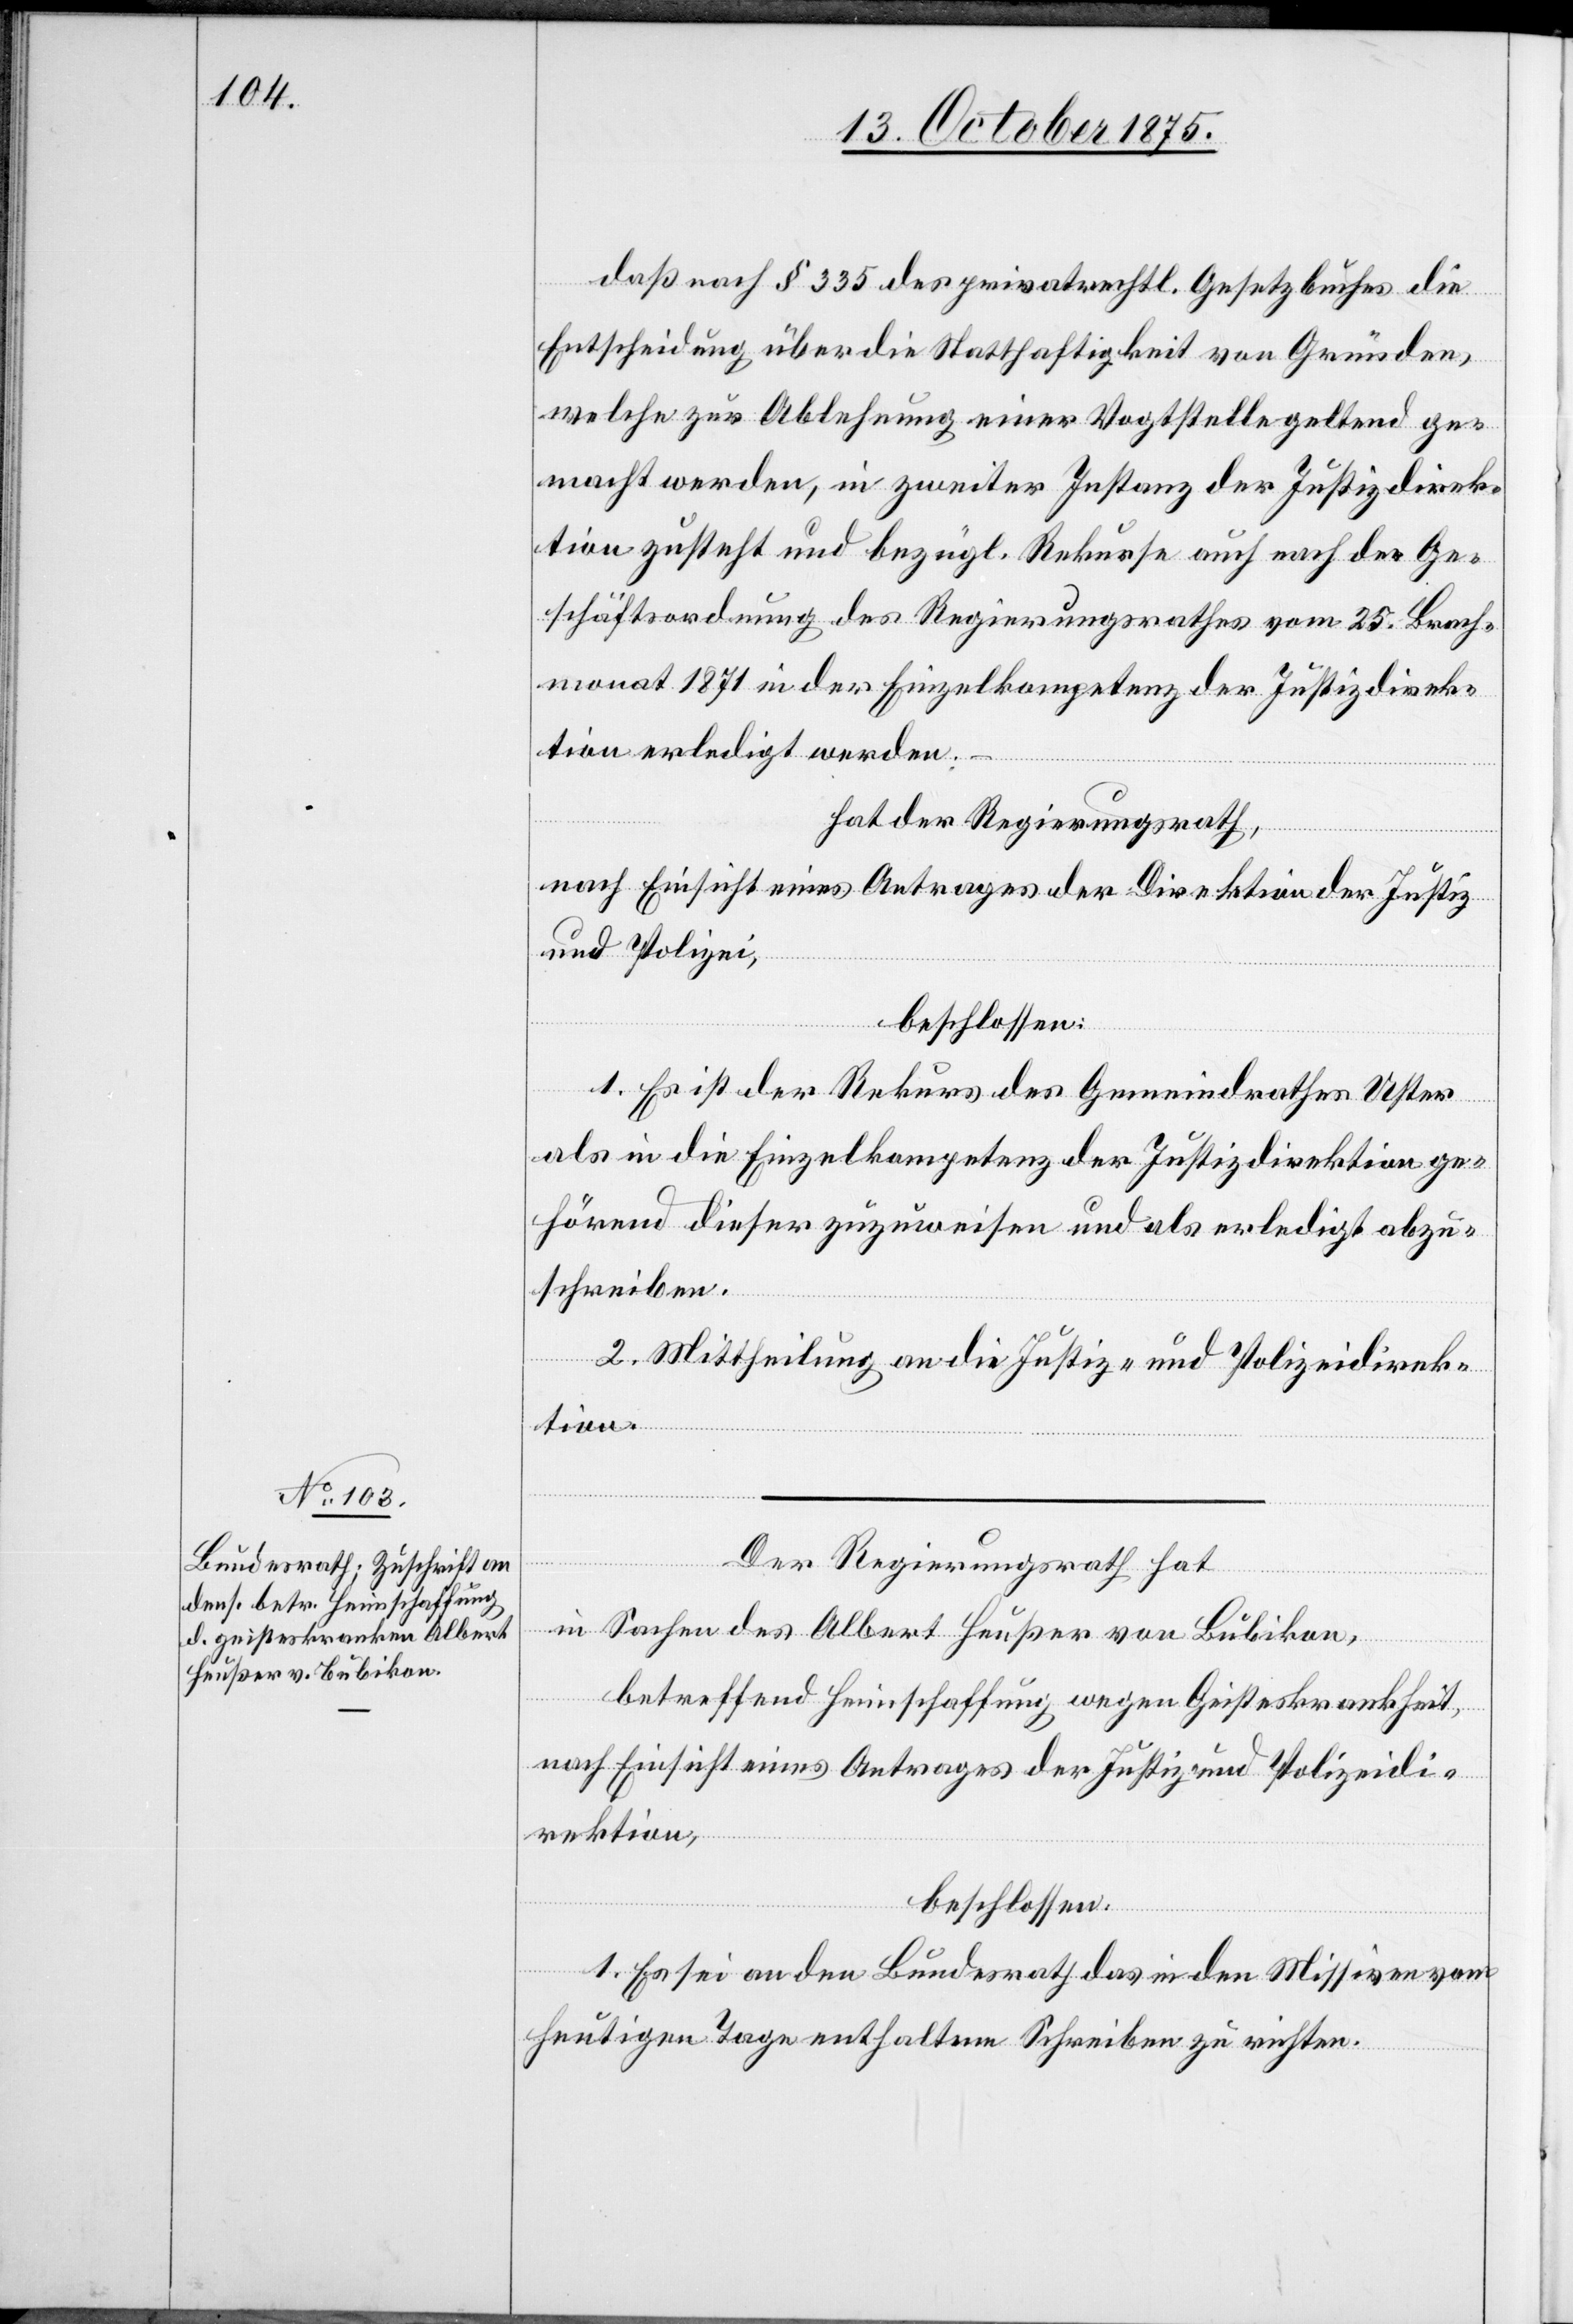
daß nach § 335 des privatrechtl. Gesetzbuches die
Entscheidung über die Statthaftigkeit von Gründen,
welche zur Ablehnung einer Vogtstelle geltend ge¬
macht werden, in zweiter Instanz der Justizdirek¬
tion zusteht und bezügl. Rekurse auch nach der Ge¬
schäftsordnung des Regierungsrathes vom 25. Brach¬
monat 1871 in der Einzelkompetenz der Justizdirek¬
tion erledigt werden.
hat der Regierungsrath,
nach Einsicht eines Antrages der Direktion der Justiz
und Polizei,
beschlossen:
1. Es ist der Rekurs des Gemeindrathes Uster
als in die Einzelkompetenz der Justizdirektion ge¬
hörend dieser zuzuweisen und als erledigt abzu¬
schreiben.
2. Mittheilung an die Justiz- und Polizeidirek¬
tion.
Der Regierungsrath hat
in Sachen des Albert Heußer von Bubikon,
betreffend Heimschaffung wegen Geisteskrankheit,
nach Einsicht eines Antrages der Justiz- und Polizeidi¬
rektion,
beschlossen:
1. Es sei an den Bundesrath das in den Missiven vom
heutigen Tage enthaltene Schreiben zu richten.